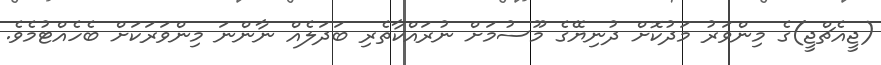
(ޖީއެޗްޖީ)ގެ މިންވަރު މަދުކޮށް ދުނިޔޭގެ މޫސުމަށް ނުރައްކާތެރި ބަދަލެއް ނާންނަ މިންވަރަކަށް ބެހެއްޓުމެވެ.